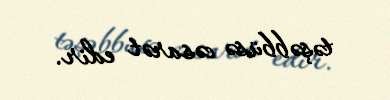
təşəbbüsə cəsarət edir.